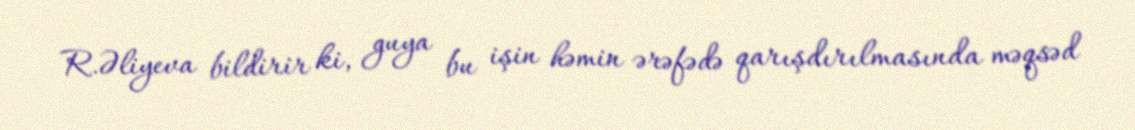
R.Əliyeva bildirir ki, guya bu işin həmin ərəfədə qarışdırılmasında məqsəd